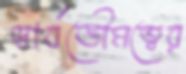
স্বার্বভৌমত্বের